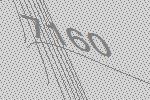
7160